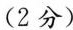
(2分)